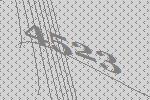
4523